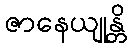
ဇာနေယျုန္တိ